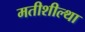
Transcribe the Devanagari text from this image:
मतीशील्था